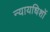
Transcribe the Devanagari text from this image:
न्यायधिशों